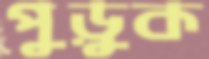
পুড়ুক